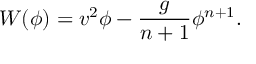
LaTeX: W ( \phi ) = v ^ { 2 } \phi - \frac { g } { n + 1 } \phi ^ { n + 1 } .